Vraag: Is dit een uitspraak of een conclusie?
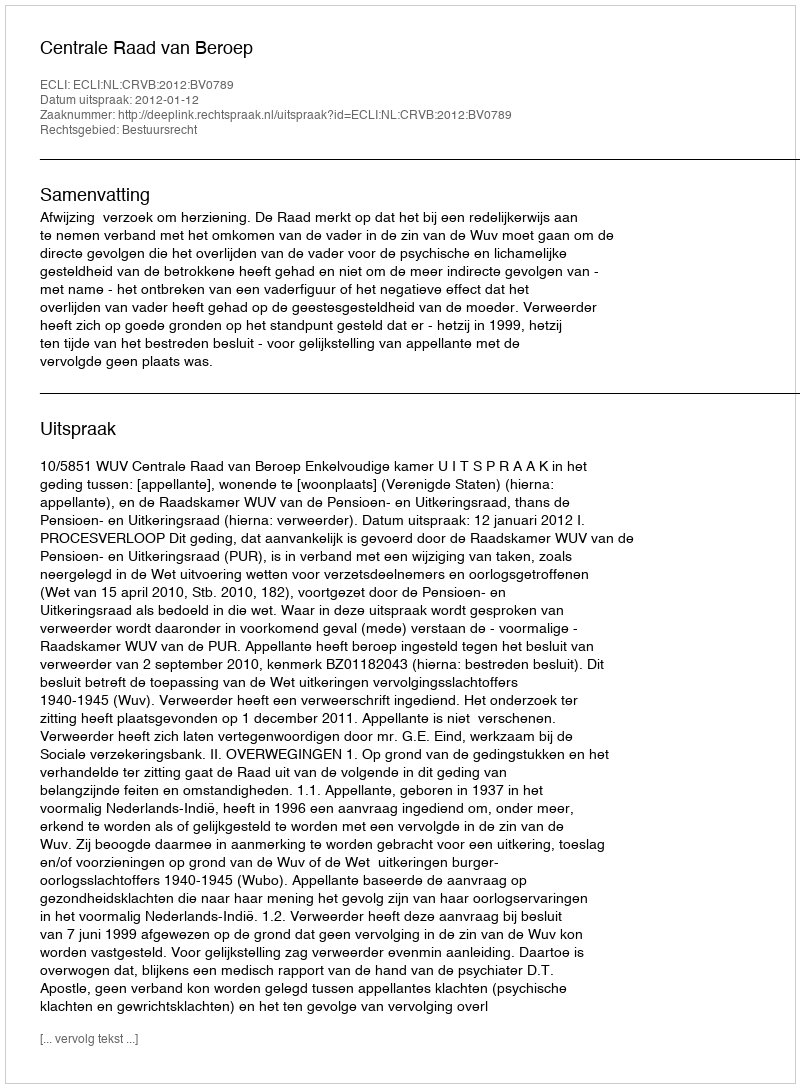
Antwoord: Uitspraak